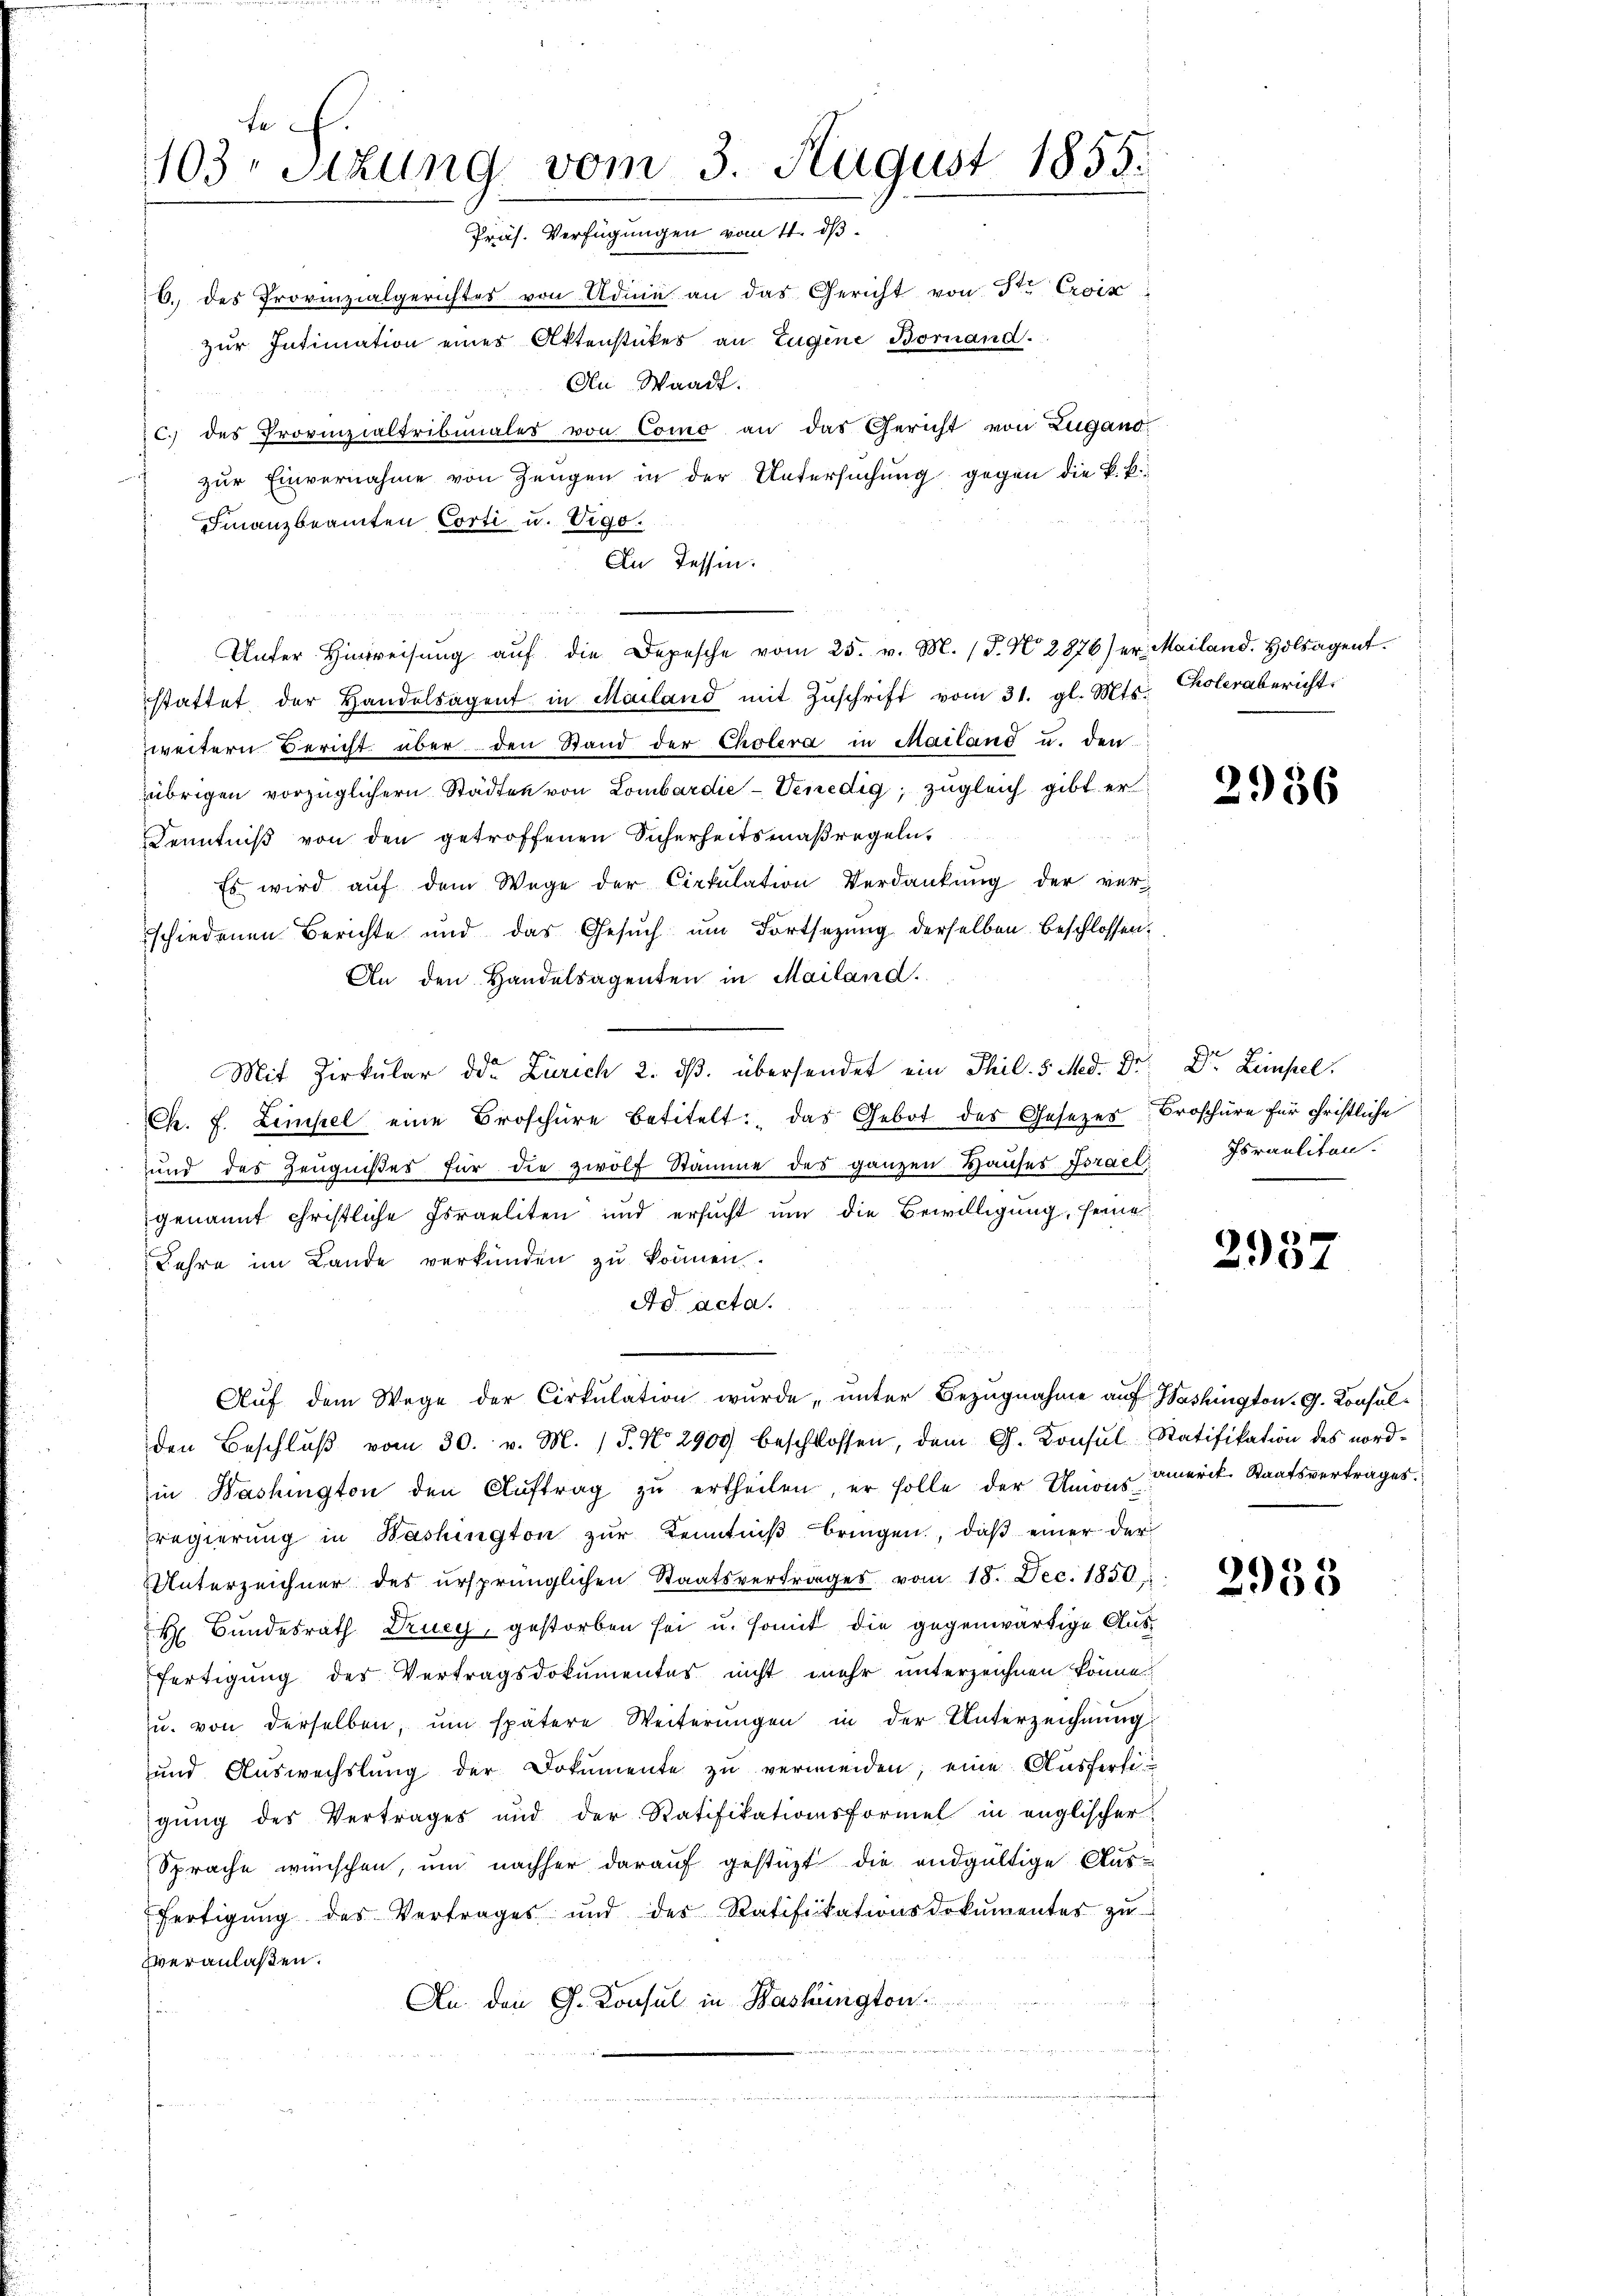
fe
103. Sitzung vom 3. August 1855.
Präs. Verfügungen vom 11. ds.

6. des Provinzialgerichtes von Adini an das Gericht von St. Croix
zur Intimation eines Aktenstückes an Eugene Bornand.
An Waadt.
C. des Provinzialtribunales von Como an das Gericht von Zugand,
zur Einvernahme von Zeugen in der Untersuchung gegen die k. k.
Finanzbeamten Corti u. Vigo.
In Tessin.
Unter Hinweisŭng aŭf die Depesche vom 25. v. M. (T. N. 2876) er. Mailand. Holsagent.
stattet der Handelsagent in Mailand mit Zŭschrift vom 31. gl. Mts. Cholerabericht
weitern Bericht über den Stand der Cholera in Mailand u. den
übrigen vorzüglichern Städten von Lombardie-Venedig; zugleich gibt er
Kenntniß von den getroffenen Sicherheitsmaßregeln,
Es wird aŭf dem Wege der Cirkulation Verdankŭng der ver-
schiedenen Berichte und das Gesuch um Fortsetzung derselben beschlossen,
An den Handelsagenten in Mailand.
Mit Zirkular der Zürich 2. dß. übersendet ein Thil. 5 Med. Dr. Dr. Leimpel.
Ch. F. Limpel eine Broschüre betitelt: "das Gebot des Gesezes- Broschüre für christliche
und des Zeŭgniβes für die zwölf Stämme des ganzen Hauses Israel: Israeliten.
genannt christliche Israeliten und ersucht um die Bewilligung, seine
Lehre im Lande verkünden zu können.
Ad acta.
Aŭf dem Wege der Cirkŭlation wurde unter Bezugnahme auf Washington. G. Konsulden Beschlŭβ vom 30. v. M. (T. No 2900 beschlossen, dem G. Konsŭl-Ratifikation des nord-
in Washington den Aŭftrag zŭ ertheilen, er solle der Unionsverk. Staatsvertrages.
regierŭng in Washington zŭr Kenntniβ bringen, daβ einer der
Unterzeichner des ursprünglichen Staatsvertrages vom 18. Dec. 1850.
H Bundesrath Drucy, gestorben sei u. somit die gegenwärtige Ausfertigung des Vertragsdokumentes nicht mehr unterzeichnen könne.
zŭ. von derselben, ŭm spätere Weiterŭngen in der Unterzeichnŭng:
und Auswechslung der Dokumente zu vermeiden; eine Ausfertigung des Vertrages und der Ratifikationsformel in englischer
Sprache wünschen, um nachher darauf gestüzt die endgültige Aus-
fertigŭng des Vertrages und des Ratifikationsdokumentes zŭ
veranlaßen.
An den G. Konsul in Washington

2956

2957

2955